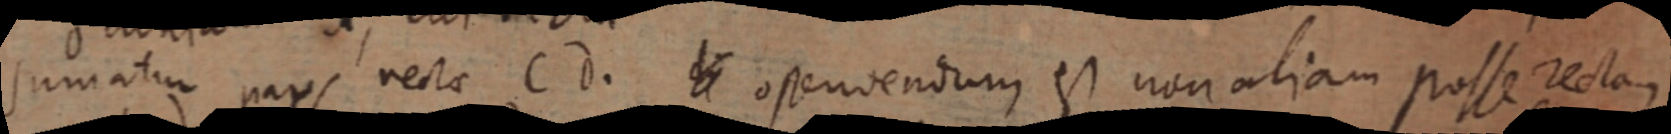
sumatur pars rectae Cd. _ ostenvendum est non aliam posse rectam